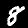
Label: 8